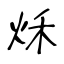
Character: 秌